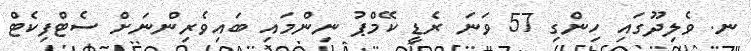
ނ. ވެލިދޫގައި ހިންގި 57 ވަނަ ރެޑީ ކޭމްޕު ނިންމައި ބައިވެރިންނަށް ސެޓްފިކެޓް